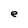
Character: e